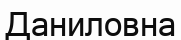
Даниловна